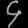
Digit: ၄